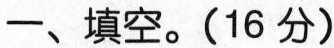
一、填空。(16分)